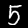
Digit: 5